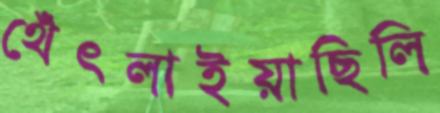
থেঁৎলাইয়াছিলি